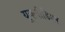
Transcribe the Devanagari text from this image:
यूक्लीडियन